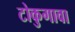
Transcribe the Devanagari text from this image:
टोकुगावा